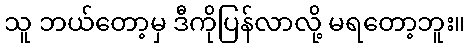
သူ ဘယ်တော့မှ ဒီကိုပြန်လာလို့ မရတော့ဘူး။